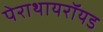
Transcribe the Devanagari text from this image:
पेराथायरॉयड